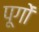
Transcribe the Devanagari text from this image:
पूगों